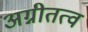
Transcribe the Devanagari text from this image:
अग्नीतत्व